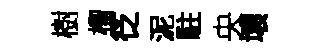
樹榴徔泥駐央壞